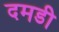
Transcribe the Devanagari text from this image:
दमडी